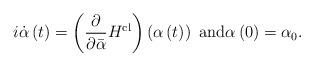
LaTeX: \begin{align*}i\dot{\alpha}\left( t\right) =\left( \frac{\partial}{\partial\bar{\alpha}}H^{\mathrm{cl}}\right) \left( \alpha\left( t\right) \right) \text{ and}\alpha\left( 0\right) =\alpha_{0}. \end{align*}